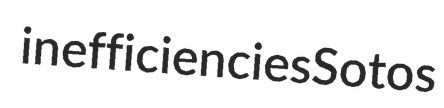
inefficiencies Sotos